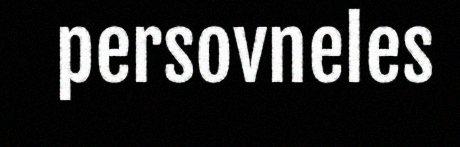
persovneles